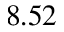
8 . 5 2